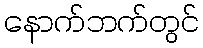
နောက်ဘက်တွင်